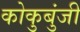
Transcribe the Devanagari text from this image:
कोकुबुंजी